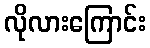
လိုလားကြောင်း